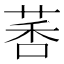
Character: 𫈗